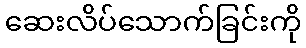
ဆေးလိပ်သောက်ခြင်းကို